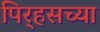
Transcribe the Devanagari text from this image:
पिर्‍हसच्या